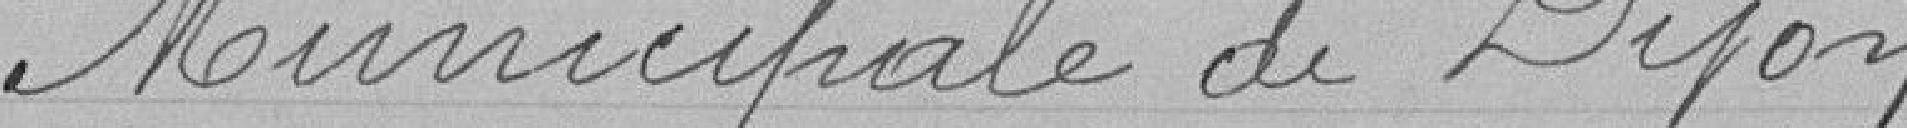
Municipale de Dijon